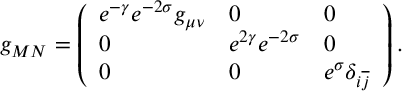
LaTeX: g _ { M N } = \left( \begin{array} { l l l } { { e ^ { - \gamma } e ^ { - 2 \sigma } g _ { \mu \nu } } } & { { 0 } } & { { 0 } } \\ { { 0 } } & { { e ^ { 2 \gamma } e ^ { - 2 \sigma } } } & { { 0 } } \\ { { 0 } } & { { 0 } } & { { e ^ { \sigma } \delta _ { i \overline { { j } } } } } \end{array} \right) .